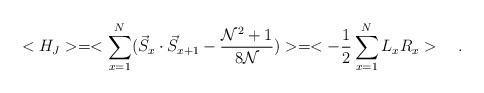
LaTeX: \begin{align*}<H_{J}>=<\sum_{x=1}^{N}(\vec{S}_{x}\cdot \vec{S}_{x+1}-\frac{{\cal N}^{2}+1}{8\cal N})>=<-\frac{1}{2}\sum_{x=1}^{N}L_{x}R_{x}>\quad .\end{align*}